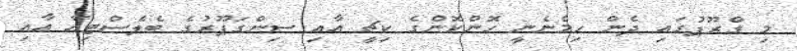
މި ގްރޫޕުގައި ދެން ހިމެނެނީ ހޮންކޮންގެ ކިޗީ އާއި ސިންގަޕޫރުގެ ބެލެސްޓިއާ އާއި